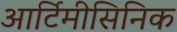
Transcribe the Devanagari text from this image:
आर्टिमीसिनिक